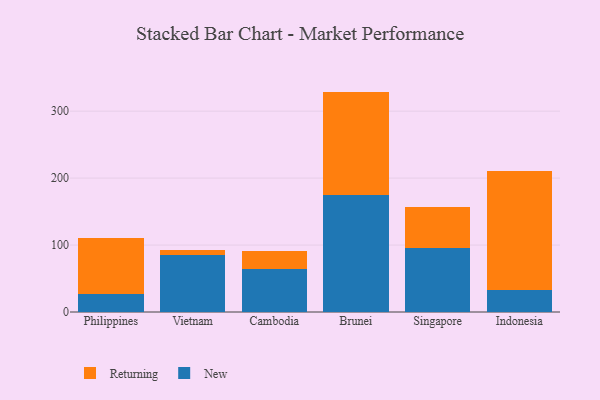
{"axis": {"x": "Country", "y": "Population (Million)"}, "legend": ["New", "Returning"], "data": [{"x": "Philippines", "y": 27.6, "type": "New"}, {"x": "Philippines", "y": 83.5, "type": "Returning"}, {"x": "Vietnam", "y": 84.6, "type": "New"}, {"x": "Vietnam", "y": 8.2, "type": "Returning"}, {"x": "Cambodia", "y": 64.2, "type": "New"}, {"x": "Cambodia", "y": 26.4, "type": "Returning"}, {"x": "Brunei", "y": 175.1, "type": "New"}, {"x": "Brunei", "y": 154.1, "type": "Returning"}, {"x": "Singapore", "y": 96.1, "type": "New"}, {"x": "Singapore", "y": 61.1, "type": "Returning"}, {"x": "Indonesia", "y": 33.2, "type": "New"}, {"x": "Indonesia", "y": 177.9, "type": "Returning"}]}